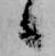
候